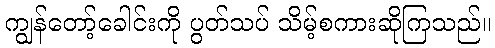
ကျွန်တော့်ခေါင်းကို ပွတ်သပ် သိမ့်စကားဆိုကြသည်။